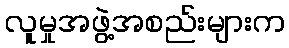
လူမှုအဖွဲ့အစည်းများက